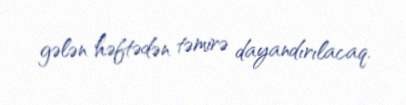
gələn həftədən təmirə dayandırılacaq.